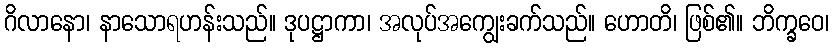
ဂိလာနော၊ နာသောရဟန်းသည်။ ဒုပဋ္ဌာကာ၊ အလုပ်အကျွေးခက်သည်။ ဟောတိ၊ ဖြစ်၏။ ဘိက္ခဝေ၊